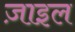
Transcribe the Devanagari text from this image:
ज़ाइल